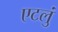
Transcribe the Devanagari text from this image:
एटलुं